system: You are a helpful assistant.
user:
Analyze the provided spectrum to determine if it is a **S-type Star**.

- **Key Indicators for S-type Star:**

    - **(Overall Spectrum Shape):** The first and most obvious characteristic is the overall continuum (the "baseline" shape). It is **extremely "red-sloping,"** meaning the flux (light intensity) is very low on the left side (blue, ~4000-4500 Å) and rises steeply and continuously toward the right side (red, ~7000 Å+).

    - **(Primary):** The spectrum is defined by the presence of strong, broad molecular absorption "valleys" (bands) from **Zirconium Oxide (ZrO)**. The identification of these bands is the **primary requirement** for classifying a star as S-type.
        - **(Key Bandheads):** You must find distinct, deep "dips" where the light has been absorbed. The most critical band systems to locate are:
            - **~6474 Å** ($\gamma$-system): This is often the strongest and clearest ZrO feature, found in the red part of the spectrum.
            - **~5718 Å** & **~5551 Å** ($\beta$-system): A pair of prominent absorption features in the yellow-orange part of the spectrum.
            - **~4640 Å** ($\alpha$-system): A key absorption band system in the blue-green region of the spectrum.

    - **(Secondary Confirmation):** The classification is strengthened by finding additional absorption bands from other related heavy element oxides, which are expected to be present alongside ZrO.
        - **(Key Bandheads):**
            - **Yttrium Oxide (YO):** Look for absorption dips near **~4800 Å** and **~6100 Å**.
            - **Lanthanum Oxide (LaO):** Additional absorption features, particularly in the red-orange part of the spectrum, are also characteristic.

    - **(Line Profile):** The combination of the steep red continuum and these numerous, deep molecular bands (ZrO, YO, etc.) gives the entire spectrum a very **"chopped-up"** or **"bumpy"** appearance. Instead of a smooth curve, the spectrum looks as though large, wide chunks of light have been "carved out" of it at the specific wavelengths listed above.

Think first, call **spectral_visualization_tool** if needed to examine features in detail, then provide your final answer. Your response must adhere to the following strict rules:
1.  **Overall Structure:** Your response must follow the format `<think>...</think> <tool_call>...</tool_call> (if a tool is used) <answer>...</answer>`.
2.  **Tool Usage Constraint:** You may only make **one** tool call per turn.
3.  **Final Answer Format:** In the `<answer>` tag, your conclusion must be inside a `\boxed{}` command (e.g., `\boxed{YES}` or `\boxed{NO}`), followed by your justification.

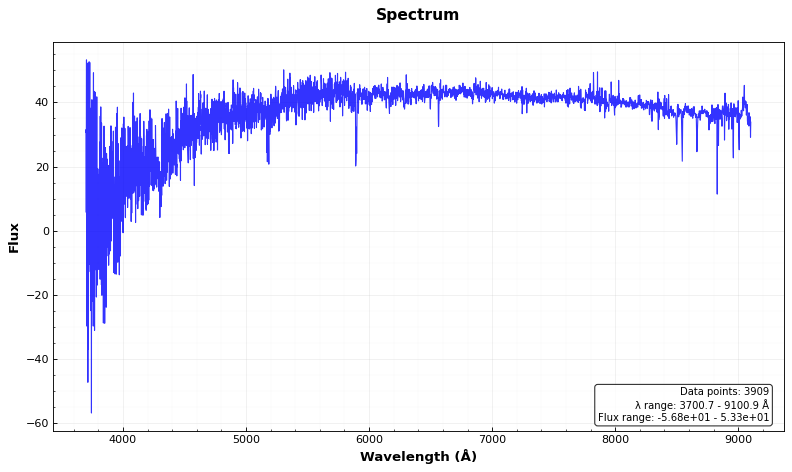
Answer: NO